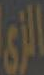
الزي